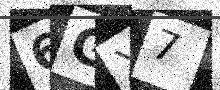
Text: 6GX7